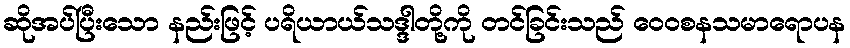
ဆိုအပ်ပြီးသော နည်းဖြင့် ပရိယာယ်သဒ္ဒါတို့ကို တင်ခြင်းသည် ဝေဝစနသမာရောပန